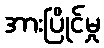
အားပြိုင်မှု